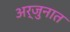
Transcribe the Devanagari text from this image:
अर्जुनात